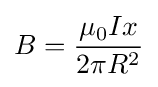
B={\frac {\mu _{0}Ix}{2\pi R^{2}}}